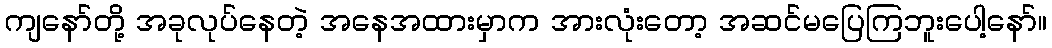
ကျနော်တို့ အခုလုပ်နေတဲ့ အနေအထားမှာက အားလုံးတော့ အဆင်မပြေကြဘူးပေါ့နော်။